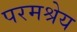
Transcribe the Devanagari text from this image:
परमश्रेय